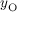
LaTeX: y _ { \mathrm { O } }